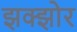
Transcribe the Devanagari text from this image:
झक्झोर